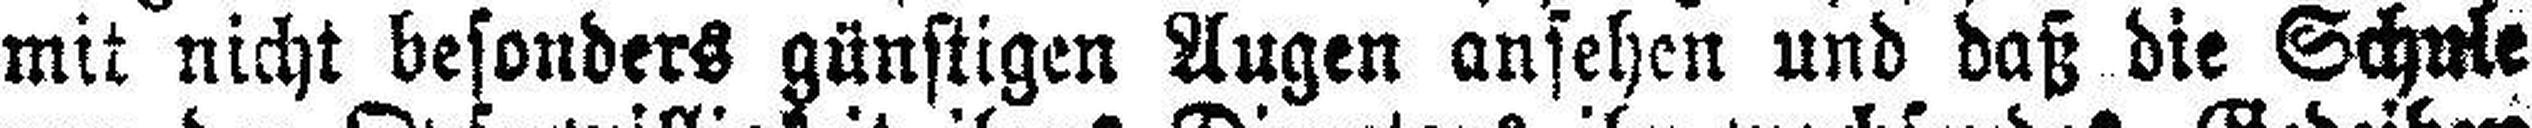
mit nicht besonders günstigen Augen ansehen und daß die Schule